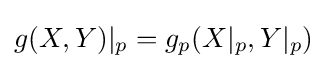
g(X,Y)|_{p}=g_{p}(X|_{p},Y|_{p})